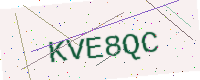
Text: KVE8QC